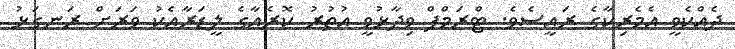
ދެއްކެވީ އެމެރިކާގެ ރައީސެވެ. ޓްރަމްޕް ވިދާޅުވީ އުތުރު ކޮރެއާގެ ލީޑަރާއެކު ވަރަށް ރަނގަޅު